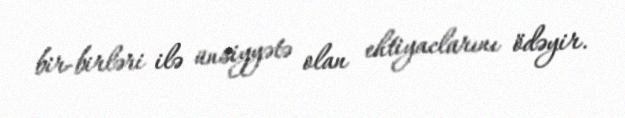
bir-birləri ilə ünsiyyətə olan ehtiyaclarını ödəyir.